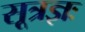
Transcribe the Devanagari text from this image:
सूत्रज्ञः